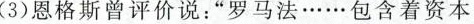
(3)恩格斯曾评价说：”罗马法……包含着资本